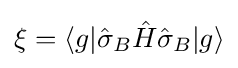
{\textstyle \xi =\langle g|{\hat {\sigma }}_{B}{\hat {H}}{\hat {\sigma }}_{B}|g\rangle }